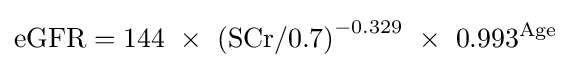
\mathrm {eGFR} =144\ \times \ \mathrm {(SCr/0.7)} ^{-0.329}\ \times \ 0.993^{\text{Age}}\